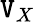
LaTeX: \mathtt{V}_{X}